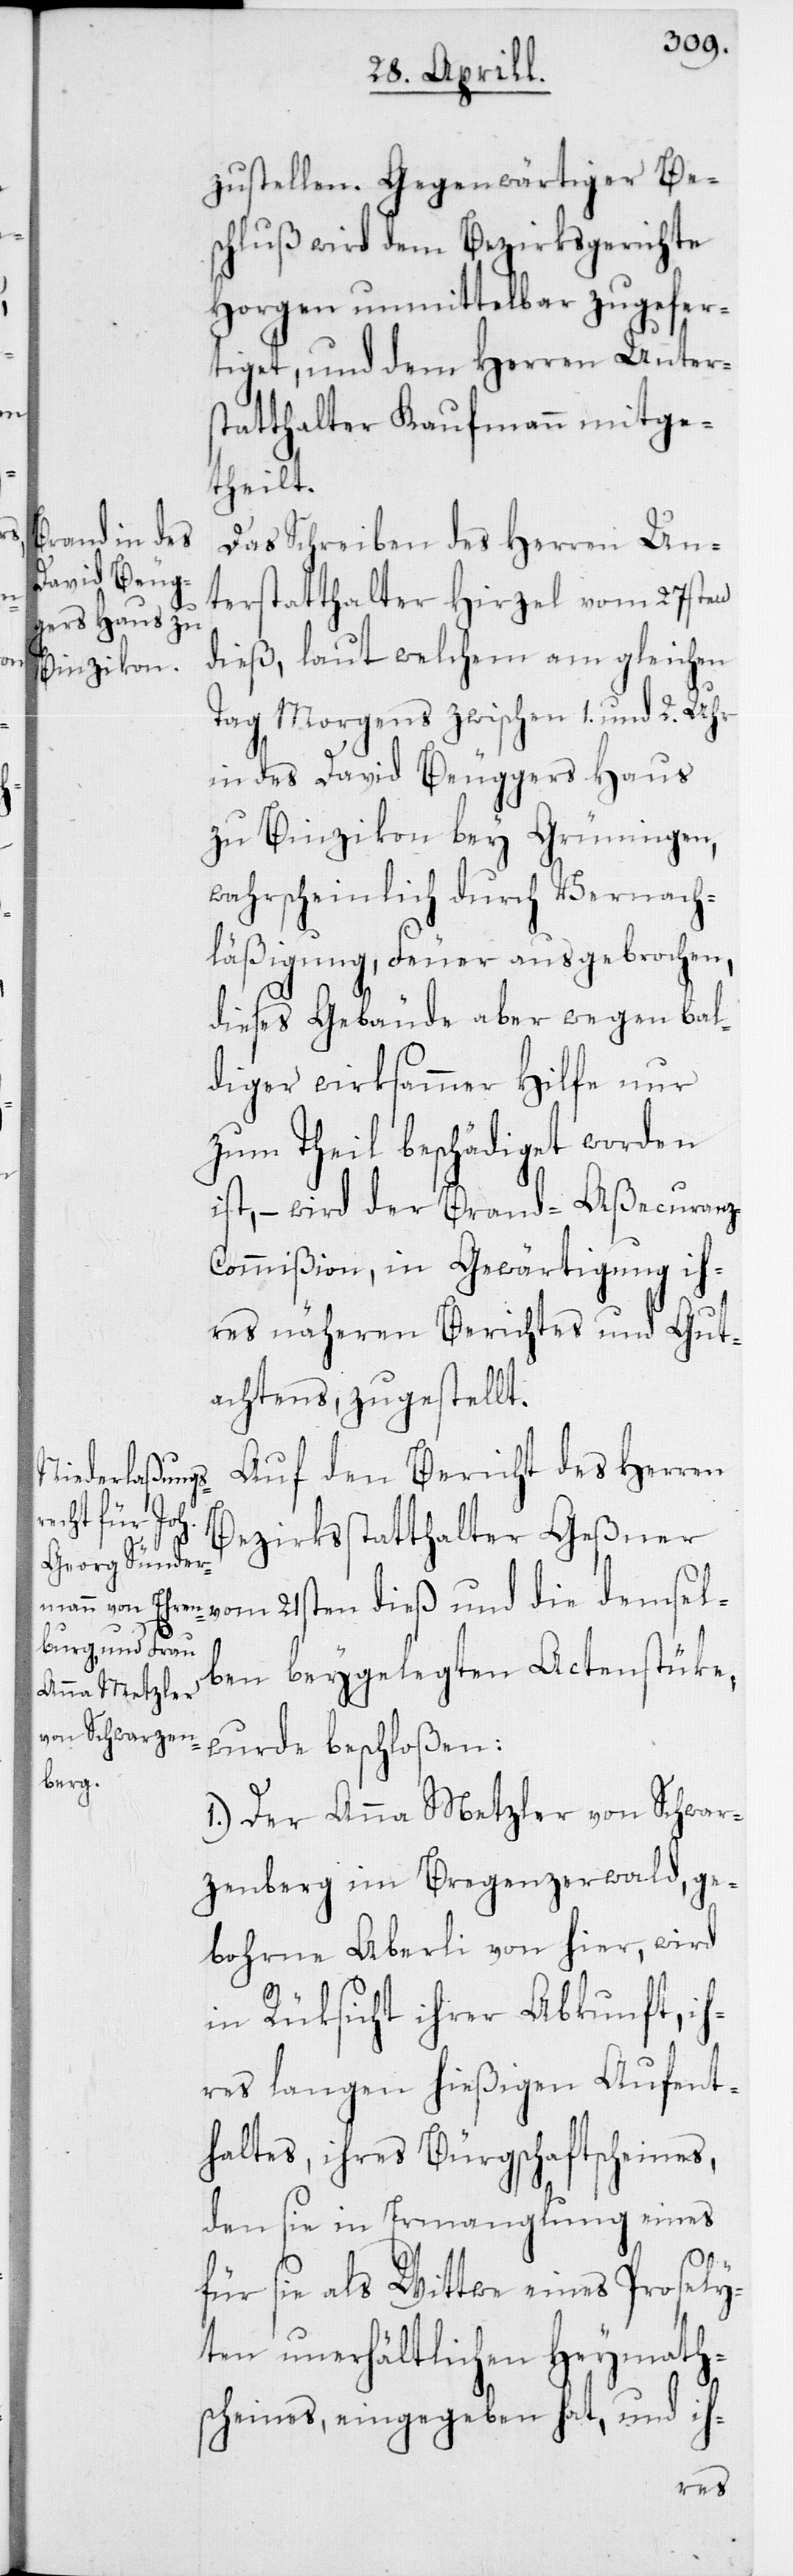
zustellen. Gegenwärtiger Be¬
schluß wird dem Bezirksgerichte
Horgen unmittelbar zugefer¬
tiget, und dem Herren Unter¬
statthalter Kaufmann mitge¬
theilt.
Das Schreiben des Herren Un¬
terstatthalter Hirzel vom 27sten
dieß, laut welchem am gleichen
Tag morgens zwischen 1. und 2. Uhr
in des David Beuggers Haus
zu Binzikon bey Grüningen,
wahrscheinlich durch Vernach¬
läßigung, Feuer ausgebrochen,
dieses Gebäude aber wegen bal¬
diger wirksammer Hilfe nur
zum Theil beschädiget worden
ist, – wird der Brand-Aßecuran¬
z-Commißion, in Gewärtigung ih¬
res näheren Berichtes und Gut¬
achtens, zugestellt.
Auf den Bericht des Herren
Bezirksstatthalter Geßner
vom 21sten dieß und die demsel¬
ben beygelegten Actenstüke,
wurde beschloßen:
1. Der Anna Metzler von Schwar¬
zenberg im Bregenzerwald, ge¬
bohrne Aberli von hier, wird
in Rüksicht ihrer Abkunft, ih¬
res langen hießigen Aufent¬
haltes, ihres Bürgschaftsscheines,
den sie in Ermangelung eines
für sie als Wittwe eines Prosely¬
ten unerhältlichen Heymath¬
scheines, eingegeben hat, und ih-